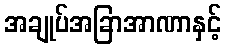
အချုပ်အခြာအာဏာနှင့်